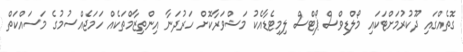
ގޮތެއްގައި ދޫކުރުމަށްޓަކައި މޯލްޑިވްސް ޕޯޓްސް ލިމިޓެޑާއެކު މަޝްވަރާކޮށް ހަރުދަނާ އިންތިޒާމްތަކެއް ހަމަޖެއްސުމުގެ މަސައްކަތް